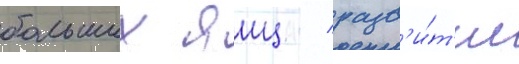
больших яиц / разв'и́т'ие